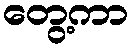
တွေ့ကာ